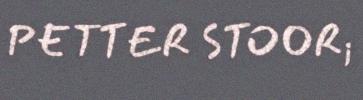
PETTER STOOR;